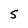
Character: S